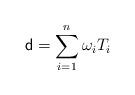
LaTeX: \begin{align*}{\sf d} =\sum_{i=1}^n \omega_{i}T_{i} \end{align*}